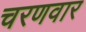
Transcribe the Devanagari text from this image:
चरणवार